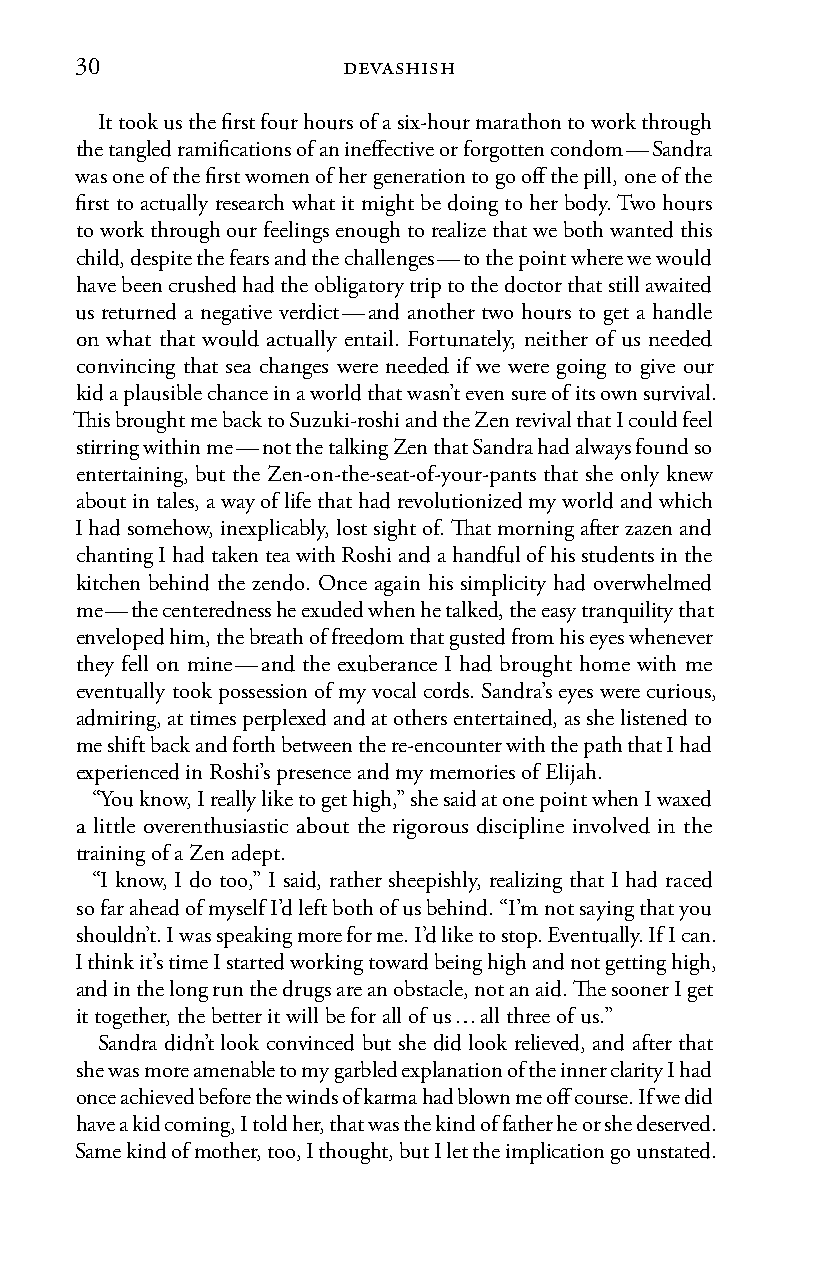
30                devashish
 It took us the first four hours of a six-hour marathon to work through
 the tangled ramifications of an ineffective or forgotten condom — Sandra
 was one of the first women of her generation to go off the pill, one of the
 first to actually research what it might be doing to her body. Two hours
 to work through our feelings enough to realize that we both wanted this
 child, despite the fears and the challenges — to the point where we would
 have been crushed had the obligatory trip to the doctor that still awaited
 us returned a negative verdict — and another two hours to get a handle
 on what that would actually entail. Fortunately, neither of us needed
 convincing that sea changes were needed if we were going to give our
 kid a plausible chance in a world that wasn’t even sure of its own survival.
 This brought me back to Suzuki-roshi and the Zen revival that I could feel
 stirring within me — not the talking Zen that Sandra had always found so
 entertaining, but the Zen-on-the-seat-of-your-pants that she only knew
 about in tales, a way of life that had revolutionized my world and which
 I had somehow, inexplicably, lost sight of. That morning after zazen and
 chanting I had taken tea with Roshi and a handful of his students in the
 kitchen behind the zendo. Once again his simplicity had overwhelmed
 me — the centeredness he exuded when he talked, the easy tranquility that
 enveloped him, the breath of freedom that gusted from his eyes whenever
 they fell on mine — and the exuberance I had brought home with me
 eventually took possession of my vocal cords. Sandra’s eyes were curious,
 admiring, at times perplexed and at others entertained, as she listened to
 me shift back and forth between the re-encounter with the path that I had
 experienced in Roshi’s presence and my memories of Elijah.
 “You know, I really like to get high,” she said at one point when I waxed
 a little overenthusiastic about the rigorous discipline involved in the
 training of a Zen adept.
 “I know, I do too,” I said, rather sheepishly, realizing that I had raced
 so far ahead of myself I’d left both of us behind. “I’m not saying that you
 shouldn’t. I was speaking more for me. I’d like to stop. Eventually. If I can.
 I think it’s time I started working toward being high and not getting high,
 and in the long run the drugs are an obstacle, not an aid. The sooner I get
 it together, the better it will be for all of us … all three of us.”
 Sandra didn’t look convinced but she did look relieved, and after that
 she was more amenable to my garbled explanation of the inner clarity I had
 once achieved before the winds of karma had blown me off course. If we did
 have a kid coming, I told her, that was the kind of father he or she deserved.
 Same kind of mother, too, I thought, but I let the implication go unstated.